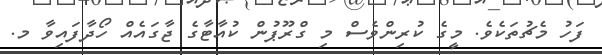
ފަހު މެޗުތަކެވެ. މީގެ ކުރިންވެސް މި ގްރޫޕުން ކުއާޓާގެ ޖާގައެއް ހޯދާފައިވާ މ.